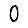
Digit: 0